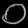
Digit: ၀